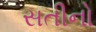
સતીનો